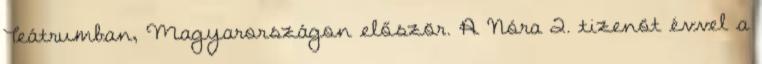
Teátrumban, Magyarországon először. A Nóra 2. tizenöt évvel a